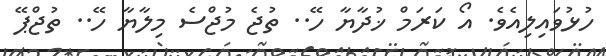
ހުޅުވައިލިއެވެ. އޯ ކަރަމް ޚުދާޔާ ހޭ.. ތުޖެ މުޖްސެ މިލާޔާ ހޭ.. ތުޖްޕޭ